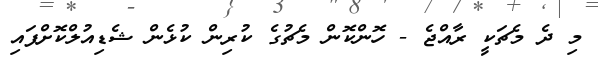
މި ދެ މެޗަކީ ރާއްޖެ - ހޮންކޮން މެޗުގެ ކުރިން ކުޅެން ޝެޑިއުލްކޮށްފައި